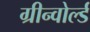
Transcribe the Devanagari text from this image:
ग्रीन्वोर्ल्ड